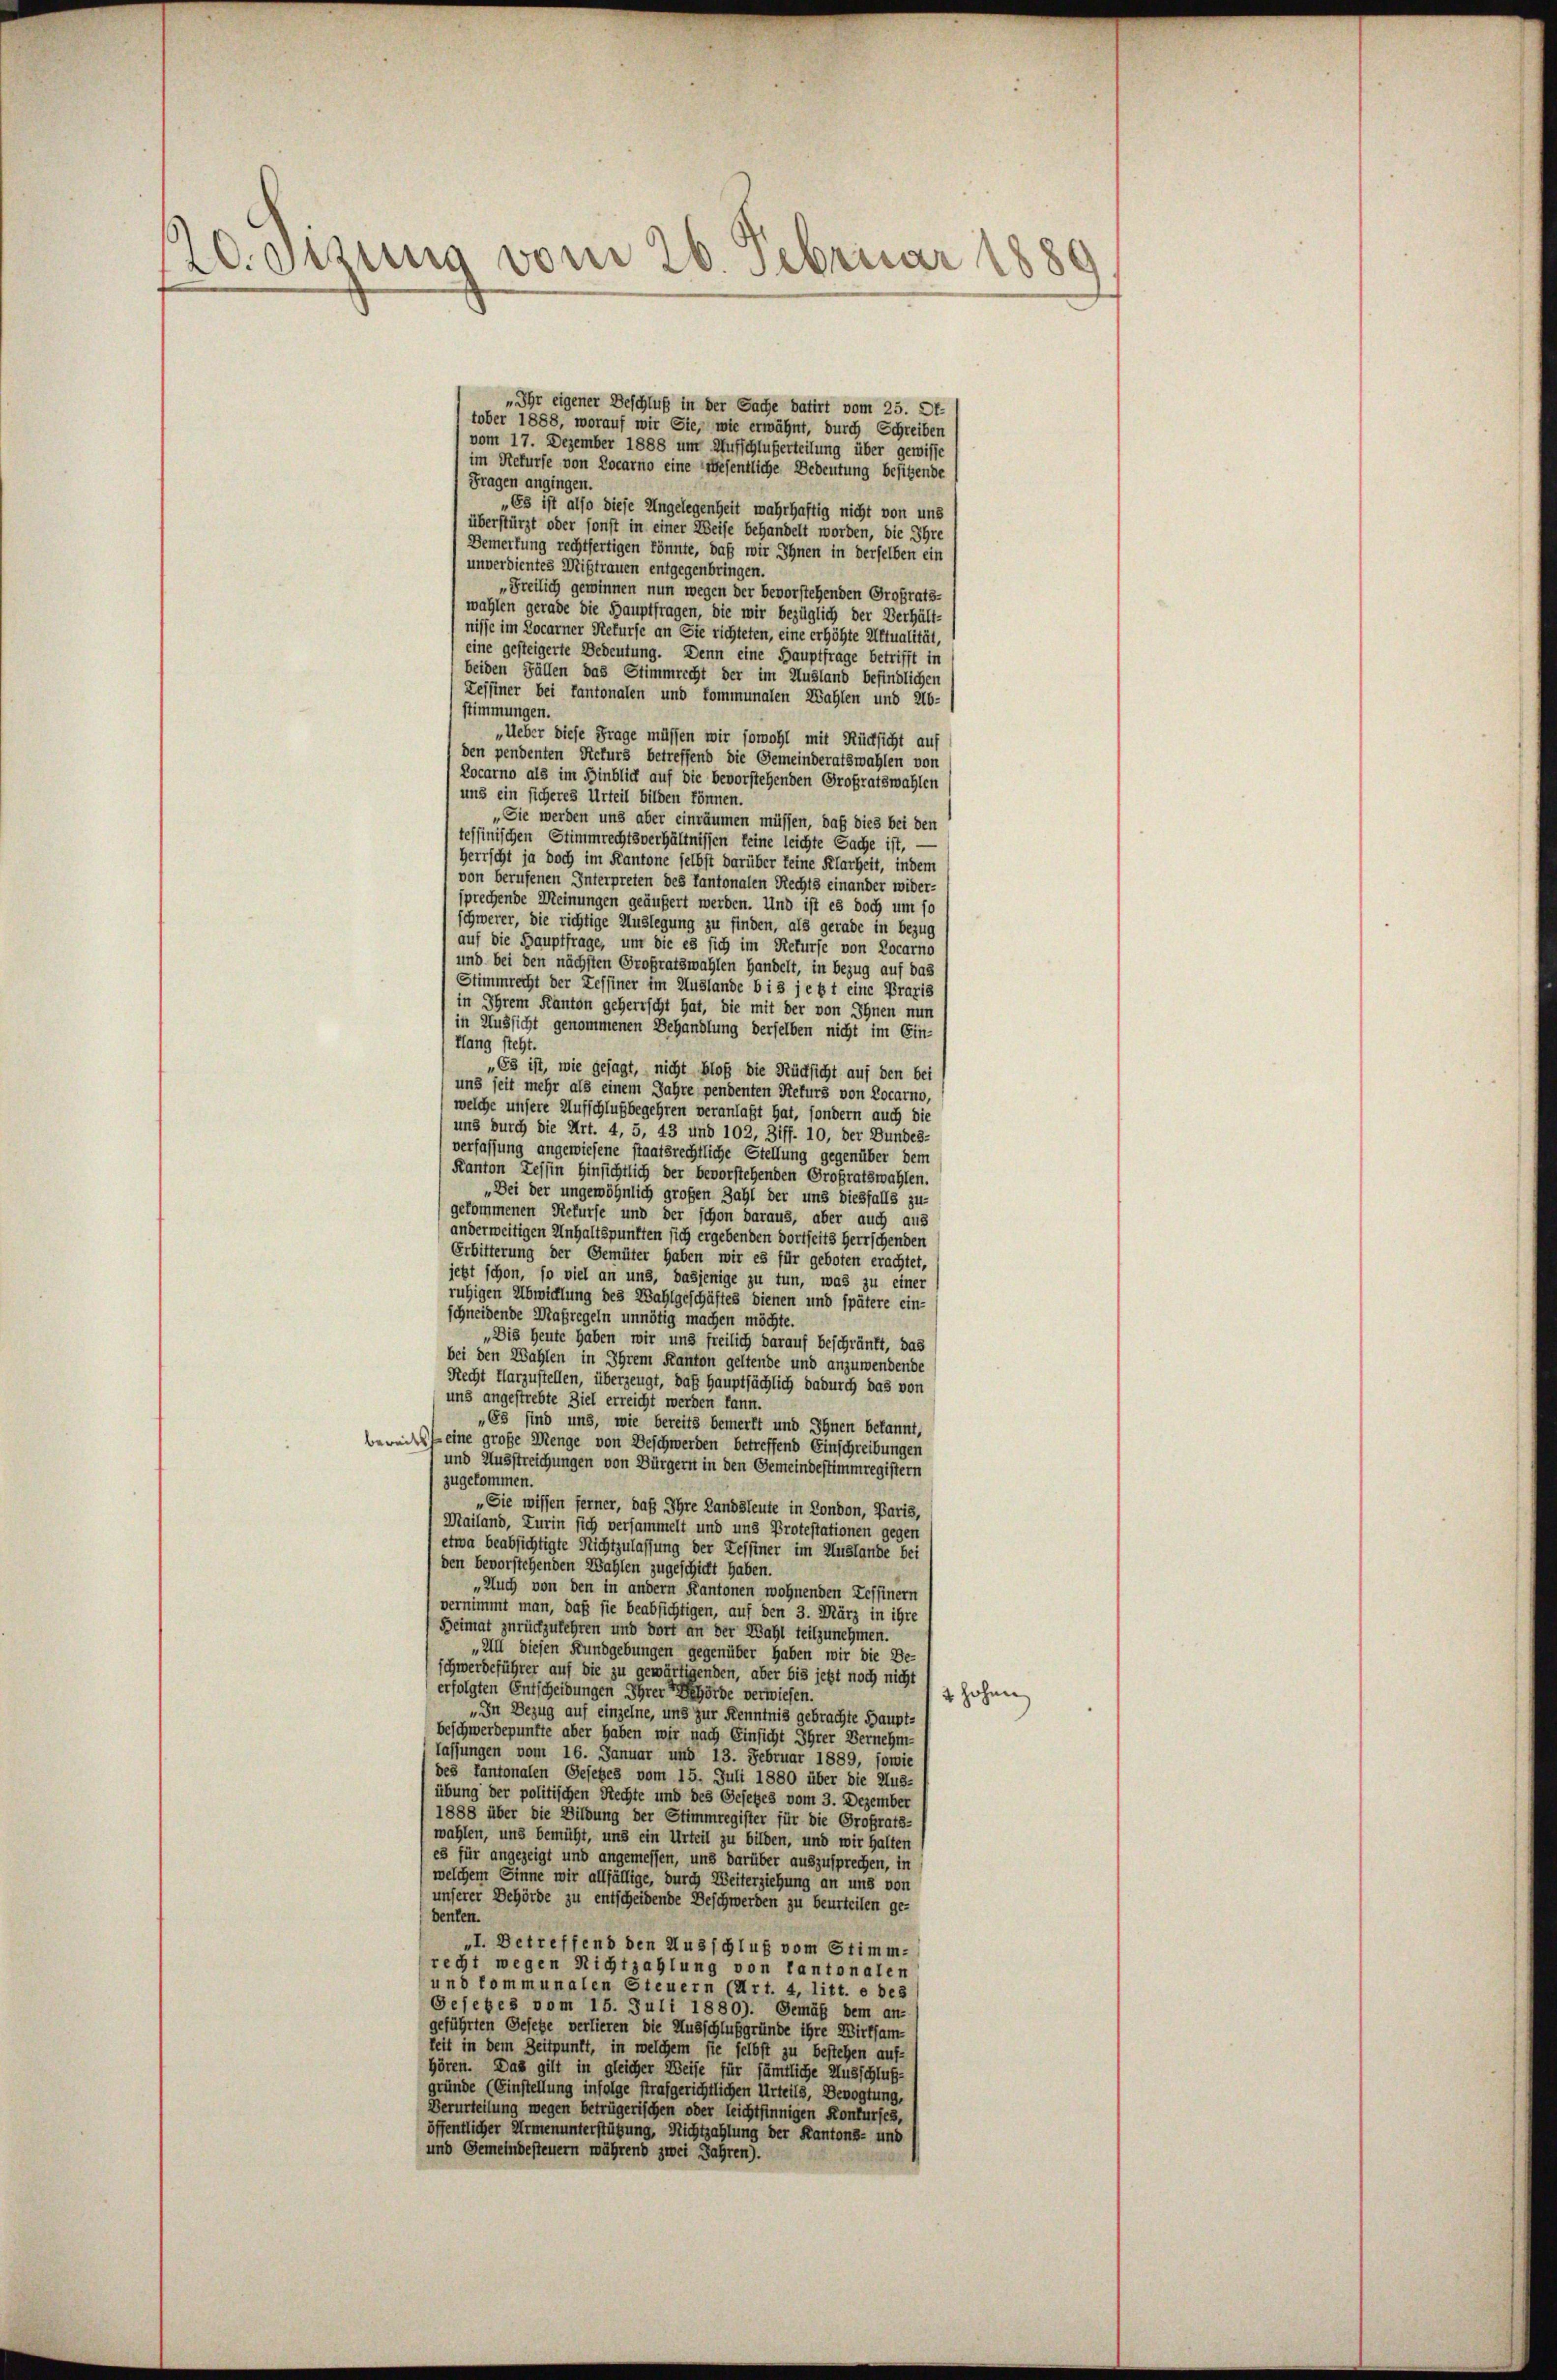
20. Sizung vom 26. Februar 1880

„Ihr eigener Beschluß in der Sache datirt vom 25. Of-
tober 1888, worauf wir Sie, wie erwähnt, durch Schreiben
vom 17. Dezember 1888 um Aufschlußerteilung über gewisse
im Rekurse von Locarno eine wesentliche Bedeutung besitzende
Fragen angingen.
„Es ist also diese Angelegenheit wahrhaftig nicht von uns
überstürzt oder sonst in einer Weise behandelt worden, die Ihre
Demerkung rechtfertigen könnte, daß wir Ihnen in derselben ein
unverdientes Mißtrauen entgegenbringen.
„Freilich gewinnen nun wegen der bevorstehenden Großrats-
wahlen gerade die Hauptfragen, die wir bezüglich der Verhält-
nisse im Locarner Rekurse an Sie richteten, eine erhöhte Aktualität,
eine gesteigerte Bedeutung. Denn eine Hauptfrage betrifft in
beiden Fällen das Stimmrecht der im Ausland befindlichen
Zessiner bei Kantonalen und kommunalen Wahlen und Ab-
stimmungen.
„Ueber diese Frage müssen wir sowohl mit Rücksicht auf
den pendenten Rekurs betreffend die Gemeinderatswahlen von
Locarno als im Hinblick auf die bevorstehenden Großratswahlen
uns ein sicheres Urteil bilden können.
„Sie werden uns aber einräumen müssen, daß dies bei den
tessinischen Stimmrechtsverhältnissen keine leichte Sache ist, —
Herrscht ja doch im Kantone selbst darüber keine Klarheit, indem
(von berufenen Interpreten des Tantonalen Rechts einander wider-
sprechende Meinungen geäußert werden. Und ist es doch um so
schwerer, die richtige Auslegung zu finden, als gerade in bezug
) auf die Hauptfrage, um die es sich im Rekurse von Locarno
und bei den nächsten Großratswahlen Handelt, in bezug auf das
Stimmrecht der Zessiner im Auslande bis jetzt eine Praxis
in Ihrem Kanton geherrscht hat, die mit der von Ihnen nun
l in Aussicht genommenen Behandlung derselben nicht im Ein-
ffang steht.
„Es ist, wie gesagt, nicht bloß die Rücksicht auf den bei
uns seit mehr als einem Jahre pendenten Rekurs von Locarno,
welche unsere Aufschlußbegehren veranlaßt hat, sondern auch die
uns durch die Art. 4, 5, 43 und 102, Ziff. 10, der Bundes-
verfassung angewiesene staatsrechtliche Stellung gegenüber dem
Kanton Zessin Hinsichtlich der bevorstehenden Grofratswahlen.
„Bei der ungewöhnlich großen Zahl der uns diesfalls zu-
gekommenen Rekurse und der schon daraus, aber auch aus
anderweitigen Inhaltspunkten sich ergebenden dortseits Herrschenden
Erbitterung der Gemüter haben wir es für geboten erachtet,
jetzt schon, so viel an uns, dasjenige zu tun, was zu einer
ruhigen Abwicklung des Wahlgeschäftes dienen und spätere ein-
schneidende Maßregeln unnötig machen möchte.
„Dis heute haben wir uns freilich darauf beschränkt, das
bei den Wahlen in Ihrem Kanton geltende und anzuwendende
Recht Harzustellen, überzeugt, daß Hauptsächlich dadurch das von
uns angestrebte Ziel erreicht werden kann.
„63 sind uns, wie bereits bemerkt und Ihnen bekannt,
beweil eine große Menge von Deschwerden betreffend Einschreibungen
und Ausstreichungen von Bürgerst in den Gemeindestimmregistern
zugekommen.
„Sie wissen ferner, daß Ihre Landsleute in London, Paris,
Mailand, Turin sich versammelt und uns Protestationen gegen
) etwa beabsichtigte Nichtzulassung der Leffiner im Auslande bei
den bevorstehenden Wahlen zugeschickt haben.
„Auch von den in andern Kantonen wohnenden Tessinern
vernimmt man, daß sie beabsichtigen, auf den 3. März in ihre
Heimat zurückzukehren und dort an der Wahl teilzunehmen.
„All diesen Fundgebungen gegenüber haben wir die Be-
schwerdeführer auf die zu gewärtigenden, aber bis jetzt noch nicht
erfolgten Entscheidungen Ihrer Behörde verwiesen.
4 hohen
„In Bezug auf einzelne, und zur Kenntnis gebrachte Hauptbeschwerdepunfte aber haben wir nach Einsicht Ihrer Vernehm-
lassungen vom 16. Januar und 13. Februar 1889, sowie
des Kantonalen Gesetzes vom 15. Juli 1880 über die Aus-
übung der politischen Rechte und des Gesetzes vom 3. Dezember
1888 über die Bildung der Stimmregister für die Großrats-
wahlen, uns bemüht, und ein Urteil zu bilden, und wir halten
es für angezeigt und angemessen, und darüber auszusprechen, in
welchem Sinne wir allfällige, durch Weiterziehung an uns von
unserer Behörde zu entscheidende Beschwerden zu beurteilen ge-
denten.
„I. Betreffend den Ausschluß vom Stimm-
recht wegen Nichtzahlung von Cantonalen
und Communalen Steuern (Art. 4, litt. e des
Gejebes vom 15. Juli 1880). Gemäß dem an-
geführten Gesetze verlieren die Ausschlußgründe ihre Wirksam-
keit in dem Zeitpunkt, in welchem sie selbst zu bestehen auf-
hören. Das gilt in gleicher Weise für sämtliche Ausschluß-
gründe (Einstellung infolge strafgerichtlichen Urteils, Bevogtung,
Verurteilung wegen betrügerischen oder leichtsinnigen Konkurses,
öffentlicher Armenunterstützung, Richtzahlung der Kantons- und
und Gemeindesteuern während zwei Jahren).